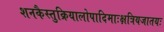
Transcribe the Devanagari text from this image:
शनकैस्तुक्रियालोपादिमाःक्षत्रियजातयः